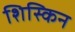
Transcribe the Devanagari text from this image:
शिस्किन